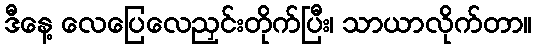
ဒီနေ့ လေပြေလေညှင်းတိုက်ပြီး၊ သာယာလိုက်တာ။